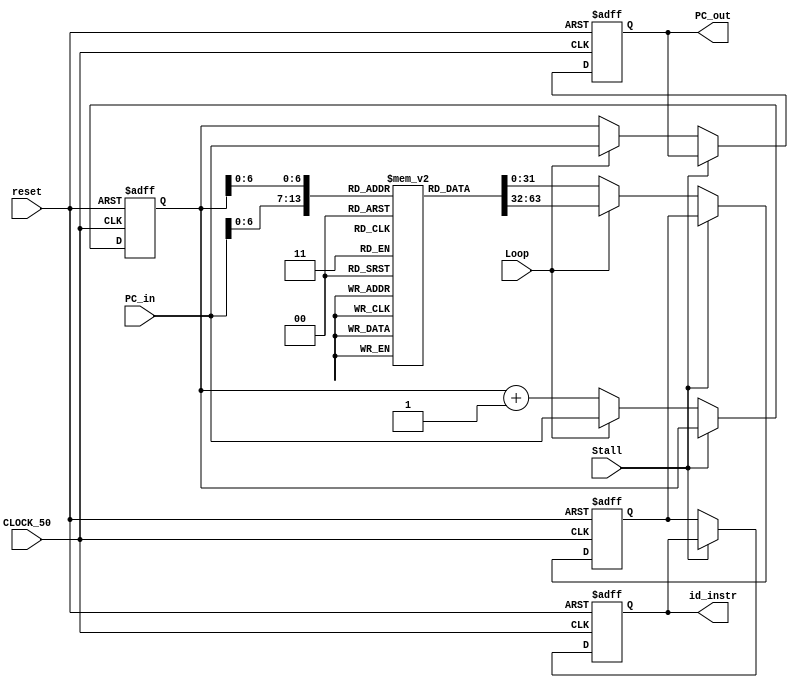
module FE(CLOCK_50,reset,Stall,id_instr,Loop,PC_in,PC_out);
input CLOCK_50,reset,Loop,Stall;
input[15:0] PC_in;
output reg [31:0] id_instr;
output reg [15:0] PC_out;

(* ram_init_file = "gpu_testbench.mif" *)
reg[31:0] mem[0:127];
reg[31:0] mdr;
reg[15:0] pc;
initial begin
	pc <= 0;
	PC_out <= 0;
end

always @(posedge CLOCK_50 or posedge reset) begin
	if(reset) begin
		pc <= 0;
		mdr <= 0;
		id_instr <= 0;
		PC_out <= 0;
	end
	else if(~Stall) begin
	
		if(Loop) pc <= PC_in;
		else pc <= pc + 16'd1;
		
		if(Loop) mdr <= mem[PC_in];
		else mdr <= mem[pc];
		
		id_instr <= mdr;
		
		if(Loop) PC_out <= PC_in;
		else PC_out <= pc;
	
	end
end

endmodule